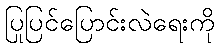
ပြုပြင်ပြောင်းလဲရေးကို